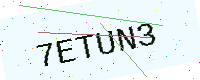
Text: 7ETUN3